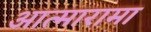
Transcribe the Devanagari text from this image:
आत्मारामा